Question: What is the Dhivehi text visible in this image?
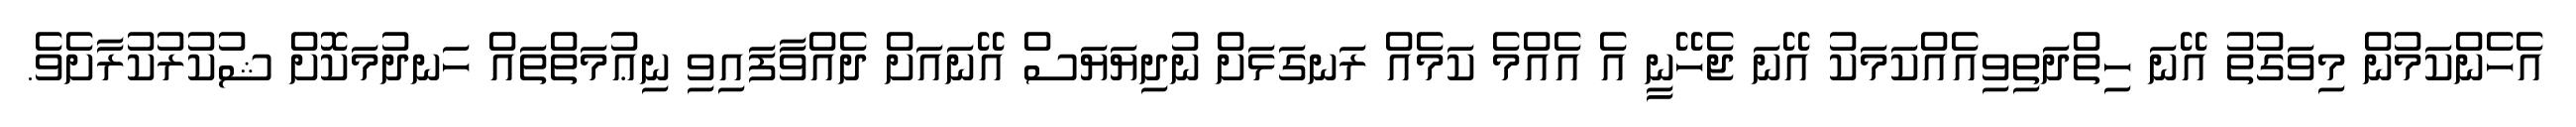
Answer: އެހެންކަމުން މިވަގުތު އޭނަ ހިތްދަތިވިއެއްކަމަކު އޭނަ ޖެހޭނީ އެ އެއްމެ ކަމެއް ރަނގަޅަށް ނުދިޔަޔަސް އޭނައަށް ދެއްވާފައިވި ނިޢުމަތްތައް ހަނދުމަކޮށް ޝުކުރުކުރާށެވެ.